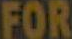
FOR